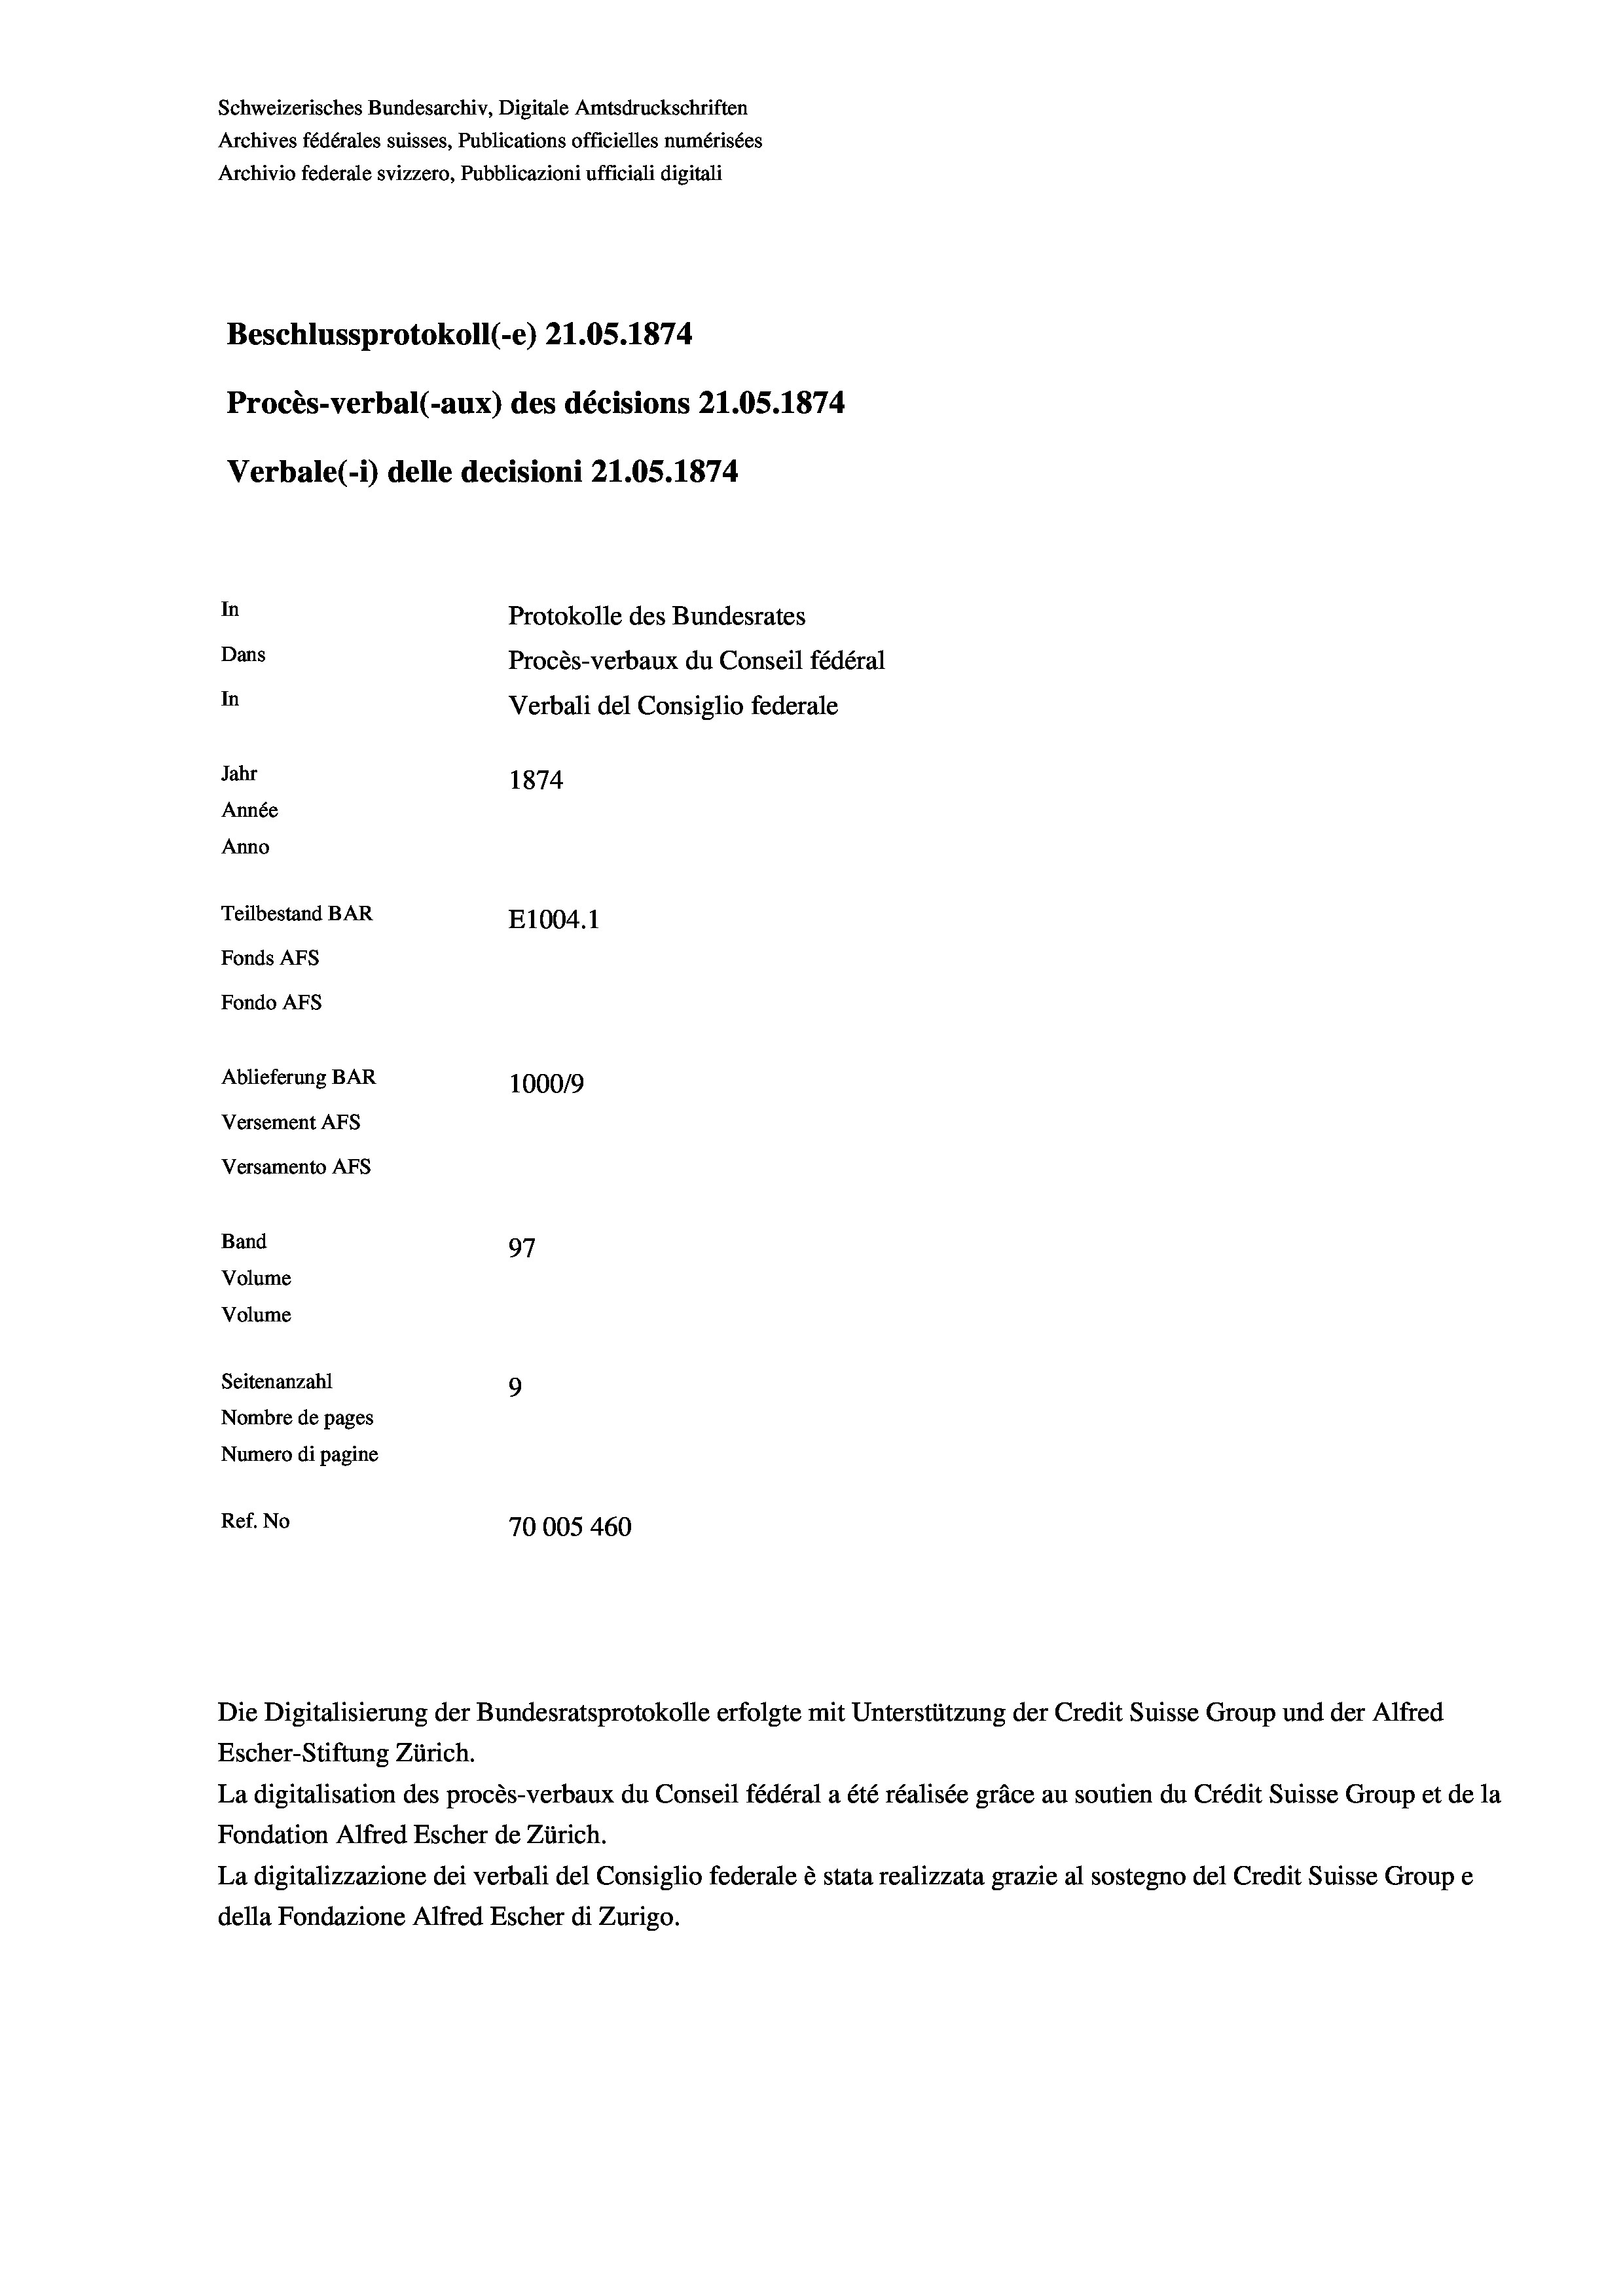
Schweizerisches Bundesarchiv, Digitale Amtsdruckschriften
Archives fédérales suisses, Publications officielles numérisées
Archivio federale svizzero, Pubblicazioni ufficiali digitali
Beschlussprotokoll (-e) 21.05. 1874.
Procès-verbal (-aux) des décisions 21.05. 1874
Verbale(-*) delle decisioni 21.05. 1874
In
Protokolle des Bundesrates
Dans
Procès-verbaux du Conseil fédéral
In
Verbali del Consiglio federale
Jahr
1874
Année
Anno
Teilbestand BAR
E1004.1
Fonds AFs
Fondo AFs
Ablieferung BAR
100019
Versement AFS
Versamento Afs
Band
97
Volume
Volume

Seitenanzahl
9
Nombre de pages
Numero di pagine
Ref. No
70005 460

Die Digitalisierung der Bundesratsprotokolle erfolgte mit Unterstützung der Credit Suisse Group und der Alfred
Escher-Stiftung Zürich.
La digitalisation des procès-verbaux du Conseil fédéral a été réalisée gräce au soutien du Crédit Suisse Group et de la
Fondation Alfred Escher de Zürich.
La digitalizzazione dei verbali del Consiglio federale è stata realizzata grazie al sostegno del Credit Suisse Groupe
della Fondazione Alfred Escher di Zurigo.